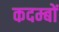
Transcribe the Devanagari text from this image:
कदम्बों